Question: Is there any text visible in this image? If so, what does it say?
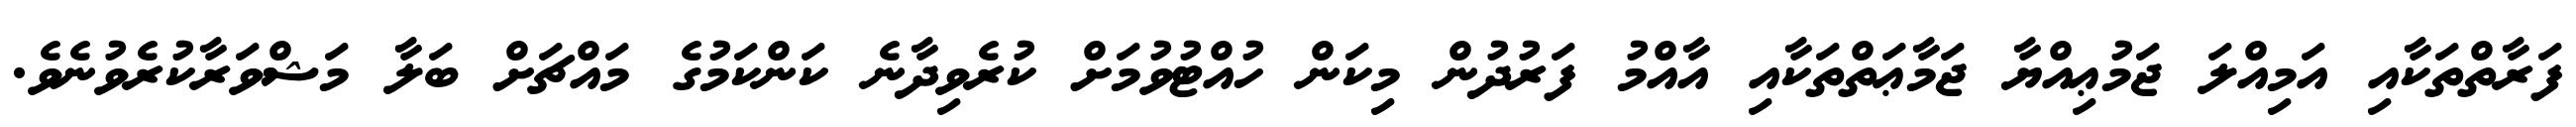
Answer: ފަރާތްތަކާއި އަމިއްލަ ޖަމުޢިއްޔާ ޖަމާޢަތްތަކާއި އާއްމު ފަރުދުން މިކަން ހުއްޓުވުމަށް ކުރެވިދާނެ ކަންކަމުގެ މައްޗަށް ބަލާ މަޝްވަރާކުރެވުނެވެ.